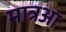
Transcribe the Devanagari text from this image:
मात्रआ